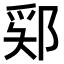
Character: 𫑞